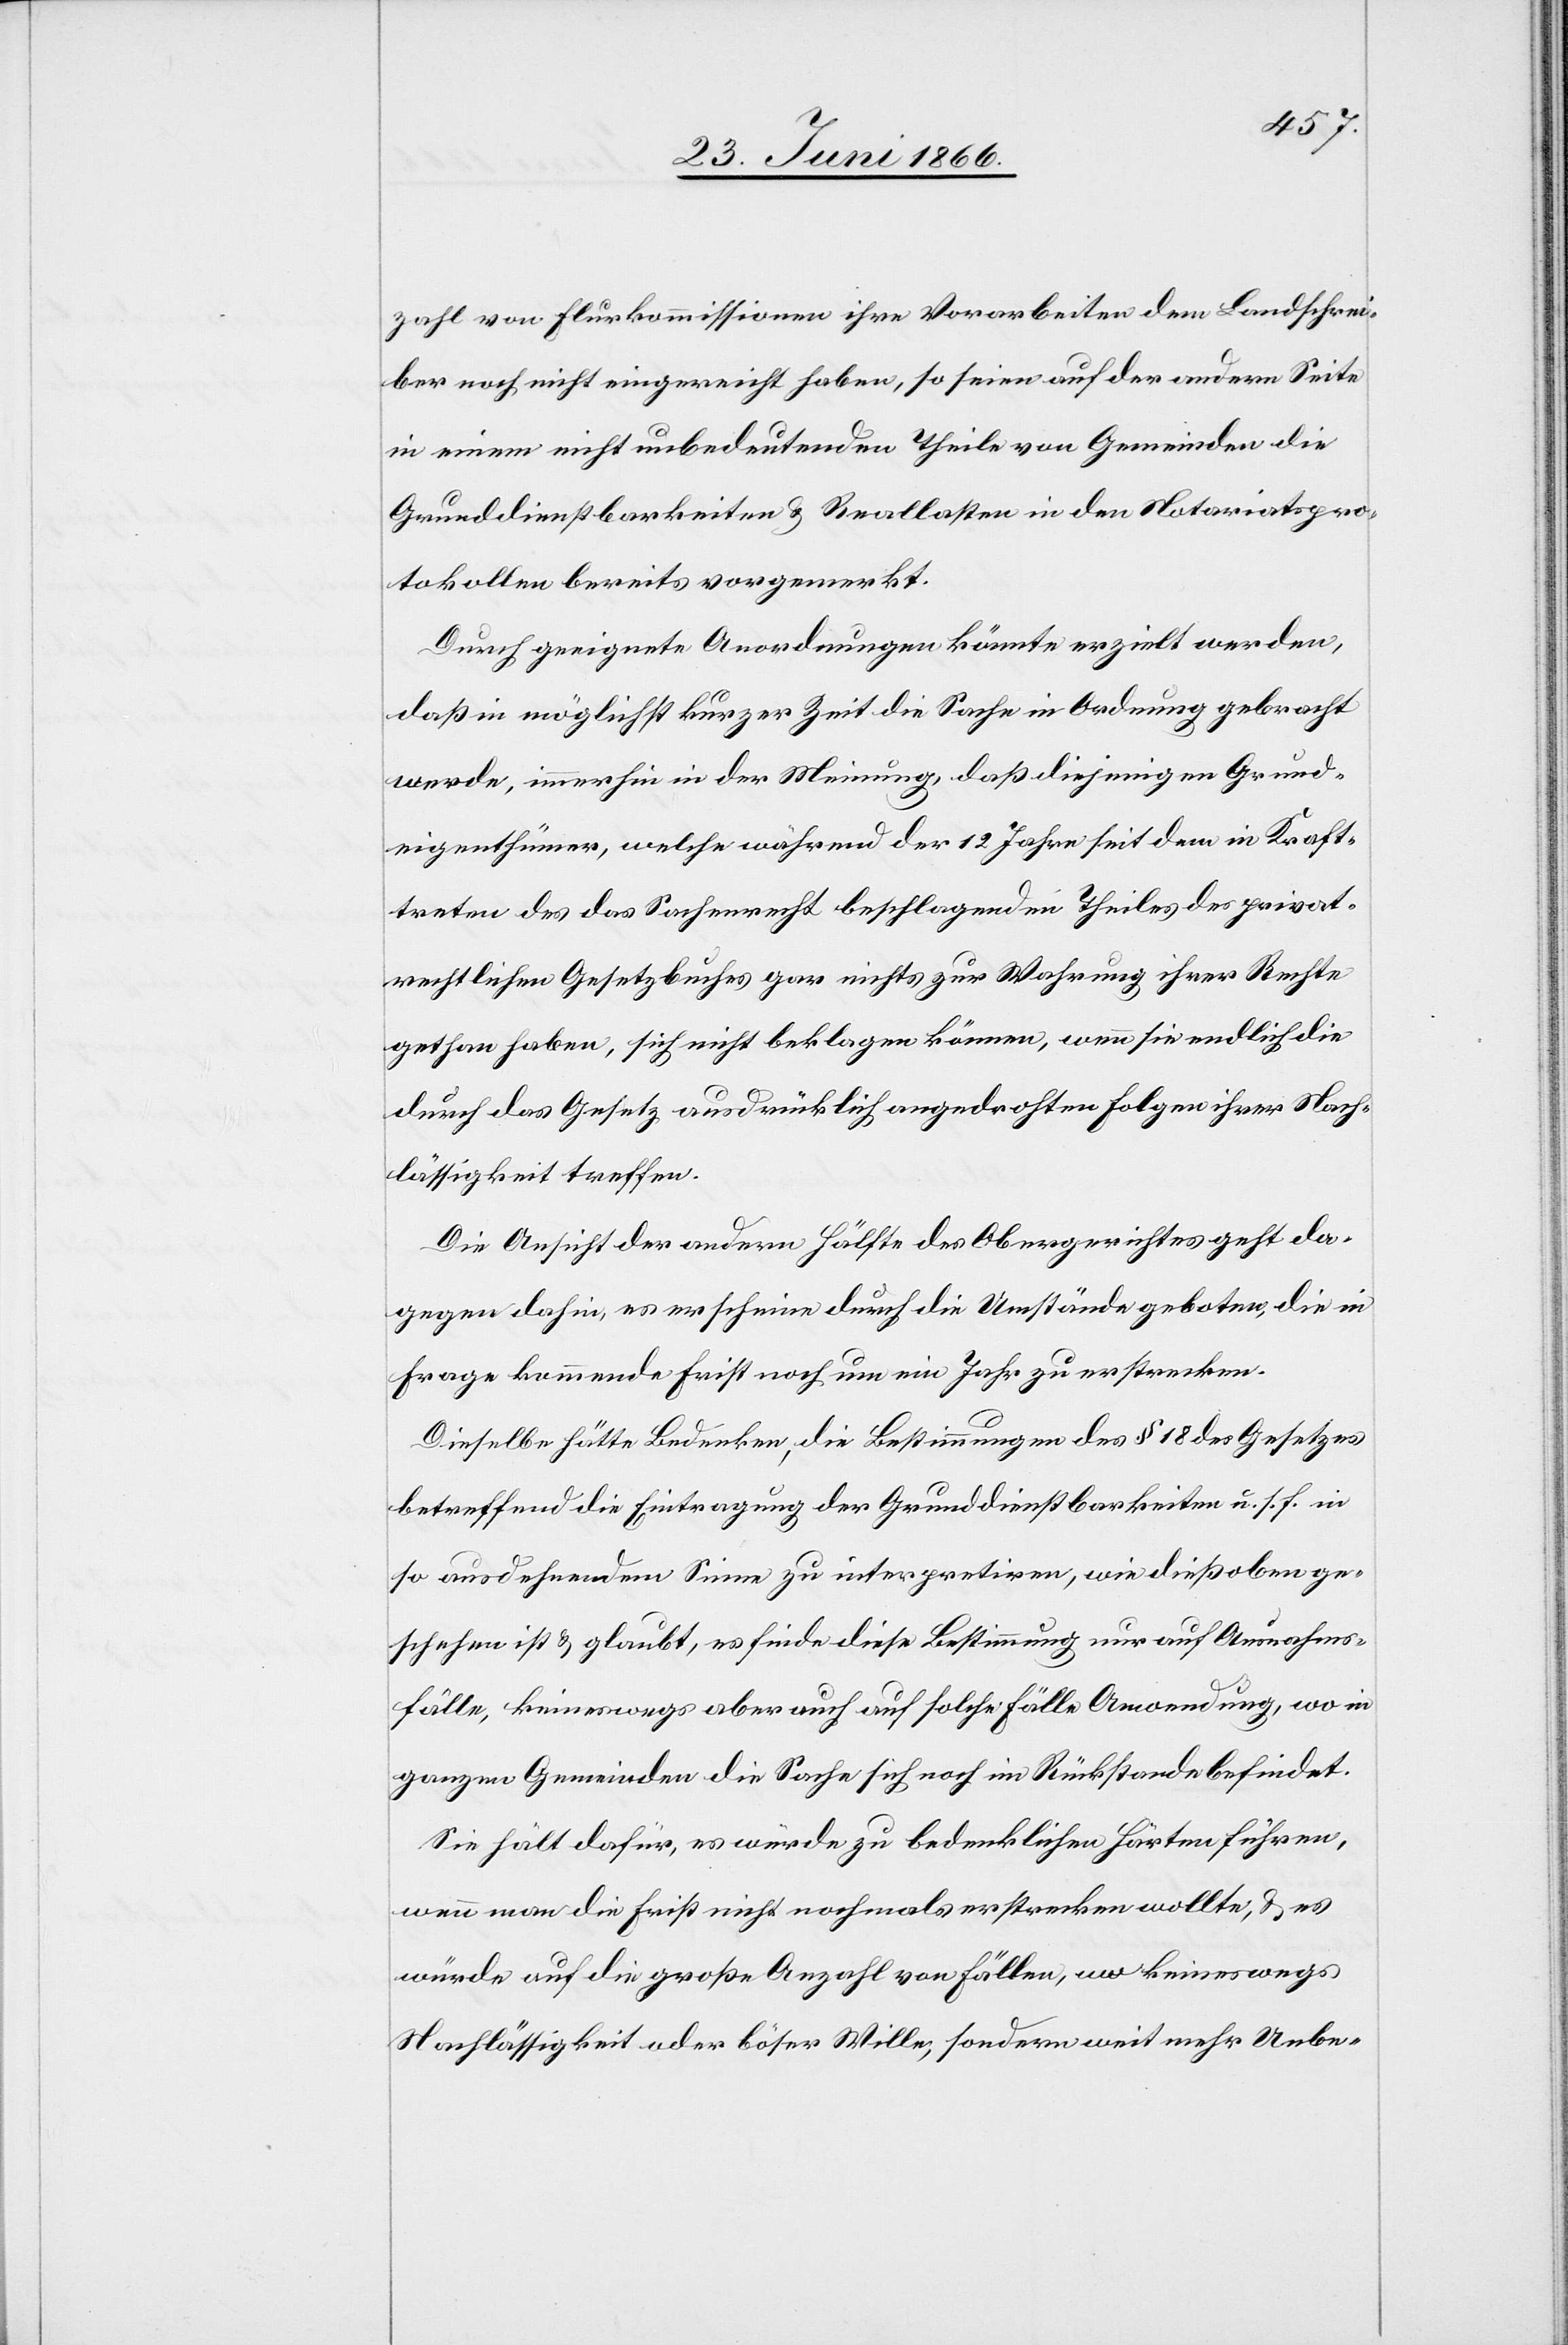
zahl von Flurkommissionen ihre Vorarbeiten den Landschrei¬
bern noch nicht eingereicht haben, so seien auf der andern Seite
in einem nicht unbedeutenden Theile von Gemeinden die
Grunddienstbarkeiten u. Reallasten in den Notariatspro¬
tokollen bereits vorgemerkt.
Durch geeignete Anordnungen könnte erzielt werden,
daß in möglichst kurzer Zeit die Sache in Ordnung gebracht
werde, immerhin in der Meinung, daß diejenigen Grund¬
eigenthümer, welche während der 12 Jahr seit dem in Kraft¬
treten des das Sachenrecht beschlagenden Theiles des privat¬
rechtlichen Gesetzbuches gar nichts zur Wahrung ihrer Rechte
gethan haben, sich nicht beklagen können, wenn sie endlich die
durch das Gesetz ausdrücklich angedrohten Folgen ihrer Nach¬
lässigkeit treffen.
Die Ansicht der andern Hälfte des Obergerichtes geht da¬
gegen dahin, es erscheine durch die Umstände geboten, die in
Frage kommende Frist noch um ein Jahr zu erstrecken.
Dieselbe hätte Bedenken, die Bestimmungen des § 18 des Gesetzes
betreffend die Eintragung der Grunddienstbarkeiten u. s. f. in
so ausdehnendem Sinne zu interpretiren, wie dieß oben ge¬
schehen ist u. glaubt, es finde diese Bestimmung nur auf Ausnahms¬
fälle, keineswegs aber auch auf solche Fälle Anwendung, wo in
ganzen Gemeinden die Sache sich noch im Rückstande befindet.
Sie hält dafür, es würde zu bedenklichen Härten führen,
wenn man die Frist nicht nochmals erstrecken wollte, u. es
würde auf die große Anzahl von Fällen, wo keineswegs
Nachlässigkeit oder böser Wille, sondern weit mehr Unbe-